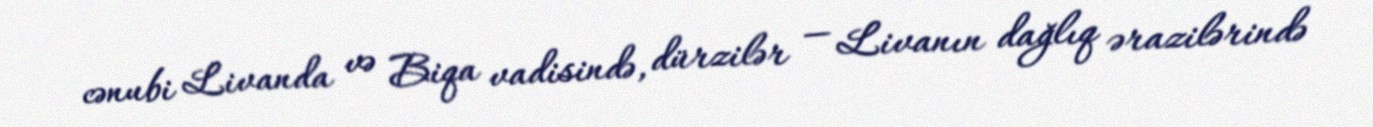
cənubi Livanda və Biqa vadisində, dürzilər — Livanın dağlıq ərazilərində